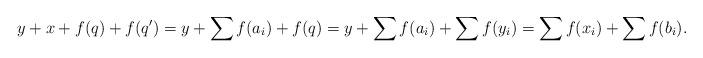
LaTeX: \begin{align*}y+x+f(q)+f(q')=y+\sum f(a_i) +f(q)=y+ \sum f(a_i)+\sum f(y_i) = \sum f(x_i) +\sum f(b_i). \end{align*}